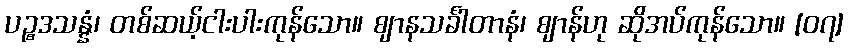
ပဉ္စဒသန္နံ၊ တစ်ဆယ့်ငါးပါးကုန်သော။ ဈာနသင်္ခါတာနံ၊ ဈာန်ဟု ဆိုအပ်ကုန်သော။ [၀၇]